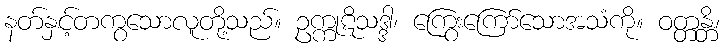
နတ်နှင့်တကွသောလူတို့သည်။ ဥက္ကုဋိသဒ္ဒါ၊ ကြွေးကြော်သောအသံကို။ ဝတ္တန္တိ၊